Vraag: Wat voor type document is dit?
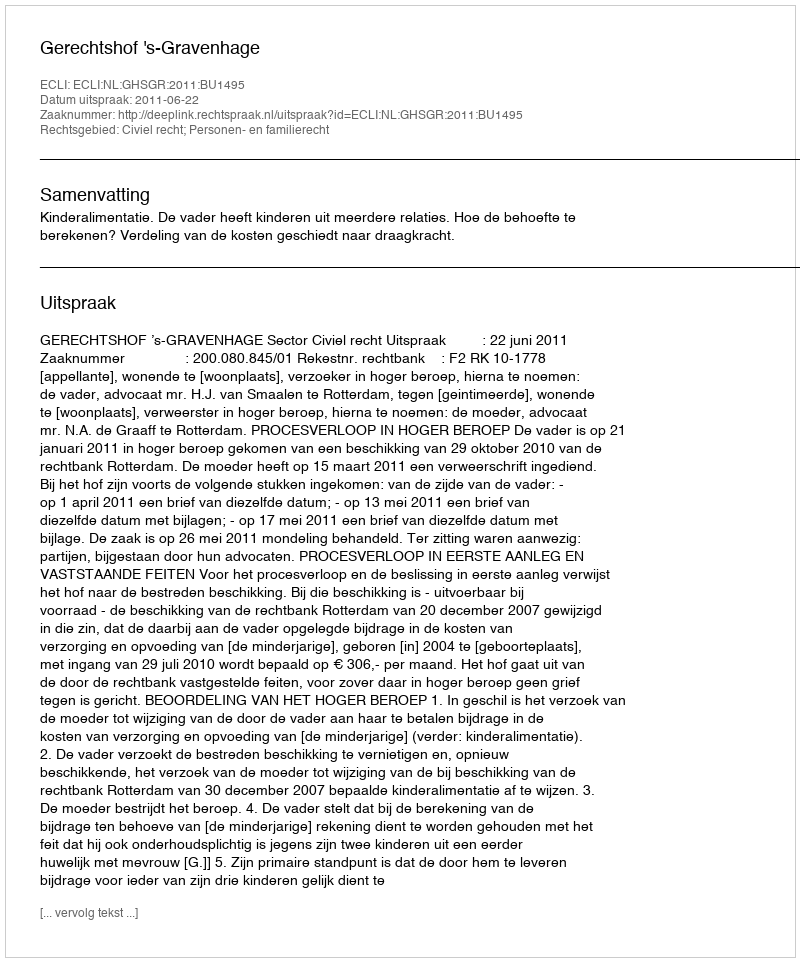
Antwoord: Uitspraak